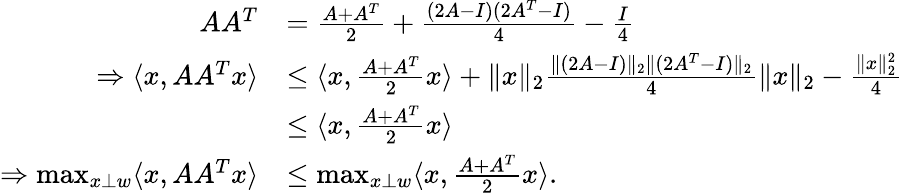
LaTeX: \begin{array}{rl}{AA^{T}}&{=\frac{A+A^{T}}{2}+\frac{(2A-I)(2A^{T}-I)}{4}-\frac{I}{4}}\\ {\Rightarrow\langle x,AA^{T}x\rangle}&{\leq\langle x,\frac{A+A^{T}}{2}x\rangle+\| x\| _{2}\frac{\| (2A-I)\| _{2}\| (2A^{T}-I)\| _{2}}{4}\| x\| _{2}-\frac{\| x\| _{2}^{2}}{4}}\\ &{\leq\langle x,\frac{A+A^{T}}{2}x\rangle}\\ {\Rightarrow\operatorname*{max}_{x\perp w}\langle x,AA^{T}x\rangle}&{\leq\operatorname*{max}_{x\perp w}\langle x,\frac{A+A^{T}}{2}x\rangle.}\end{array}